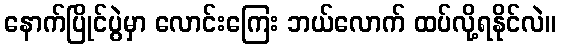
နောက်ပြိုင်ပွဲမှာ လောင်းကြေး ဘယ်လောက် ထပ်လို့ရနိုင်လဲ။